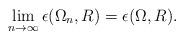
LaTeX: \begin{align*}\lim_{n \rightarrow \infty} \epsilon(\Omega_n,R) = \epsilon(\Omega, R).\end{align*}